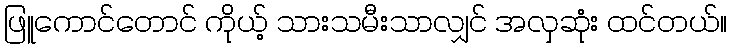
ဖြူကောင်တောင် ကိုယ့် သားသမီးသာလျှင် အလှဆုံး ထင်တယ်။